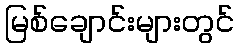
မြစ်ချောင်းများတွင်